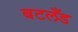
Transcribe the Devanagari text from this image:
बटलँड